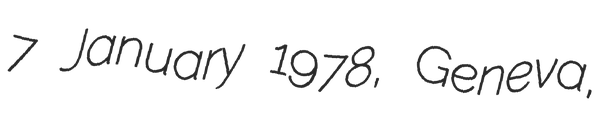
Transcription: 7 January 1978, Geneva,